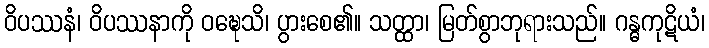
ဝိပဿနံ၊ ဝိပဿနာကို ဝဍ္ဎေသိ၊ ပွားစေ၏။ သတ္ထာ၊ မြတ်စွာဘုရားသည်။ ဂန္ဓကုဋိယံ၊